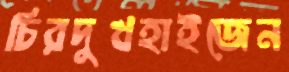
চিরদুখহাইজেন